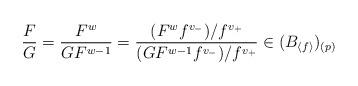
LaTeX: \begin{align*} \frac{F}{G}=\frac{F^{w}}{GF^{w-1}}= \frac{(F^{w}f^{v_-})/f^{v_+}}{(GF^{w-1}f^{v_-}) /f^{v_+}}\in (B_{\langle f \rangle})_{(p)} \end{align*}